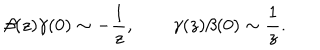
LaTeX: \beta ( z ) \gamma ( 0 ) \sim - \frac { 1 } { z } , \qquad \gamma ( z ) \beta ( 0 ) \sim \frac { 1 } { z } .